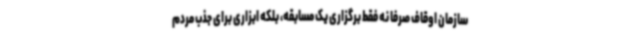
سازمان اوقاف صرفا نه فقط برگزاری یک مسابقه، بلکه ابزاری برای جذب مردم